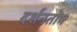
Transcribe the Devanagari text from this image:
दर्शनतोष